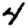
Digit: 4